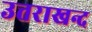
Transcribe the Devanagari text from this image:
उत्तराखन्द